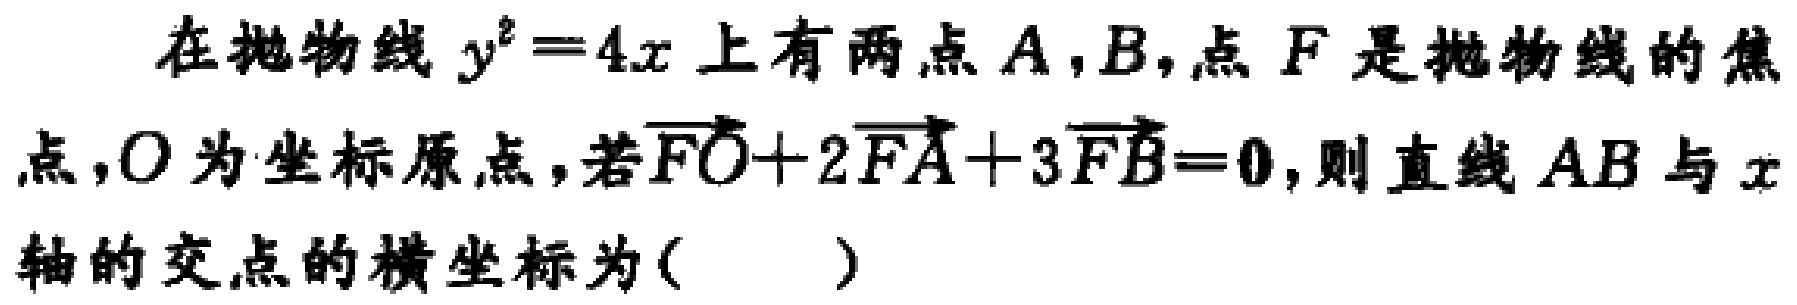
在抛物线 \(y^{2}=4x\) 上有两点 \(A,B\)，点 \(F\) 是抛物线的焦点，\(O\) 为坐标原点，若 \(\overrightarrow{FO}+2\overrightarrow{FA}+3\overrightarrow{FB}=\mathbf{0}\)，则直线 \(AB\) 与 \(x\) 轴的交点的横坐标为（  ）